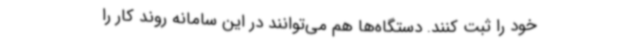
خود را ثبت کنند. دستگاه‌ها هم می‌توانند در این سامانه روند کار را